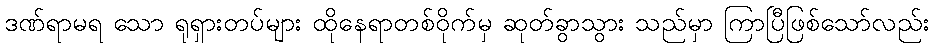
ဒဏ်ရာမရ သော ရုရှားတပ်များ ထိုနေရာတစ်ဝိုက်မှ ဆုတ်ခွာသွား သည်မှာ ကြာပြီဖြစ်သော်လည်း